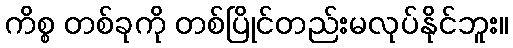
ကိစ္စ တစ်ခုကို တစ်ပြိုင်တည်းမလုပ်နိုင်ဘူး။